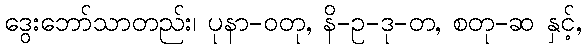
ဒွေးဘော်သာတည်း၊ ပုနာ-ဝတု, နိ-ဥ-ဒု-တ, စတု-ဆ နှင့်,